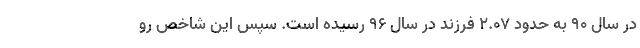
در سال ٩٠ به حدود ٢.٠٧ فرزند در سال ٩٦ رسیده است. سپس این شاخص رو